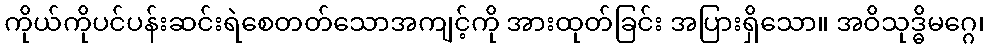
ကိုယ်ကိုပင်ပန်းဆင်းရဲစေတတ်သောအကျင့်ကို အားထုတ်ခြင်း အပြားရှိသော။ အဝိသုဒ္ဓိမဂ္ဂေ၊